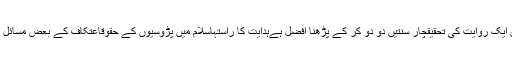
دھوپ اور چھاؤں میں بیٹھنے کے بارے میں ایک روایت کی تحقیقچار سنتیں دو دو کر کے پڑھنا افضل ہےہدایت کا راستہاسلام میں پڑوسیوں کے حقوقاعتکاف کے بعض مسائل کا بیانسیدنا ابو بکر صدیق ؓ سے محبت کیوں؟